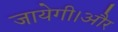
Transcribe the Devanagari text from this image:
जायेगी।और